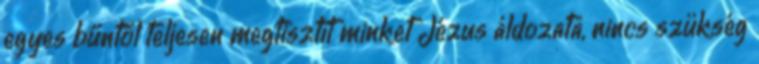
egyes bűntől teljesen megtisztít minket Jézus áldozata, nincs szükség